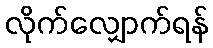
လိုက်လျှောက်ရန်